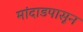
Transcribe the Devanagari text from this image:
मांदाडपासून